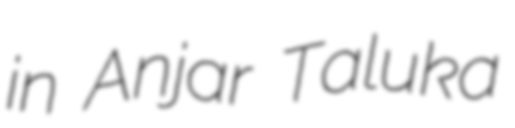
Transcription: in Anjar Taluka